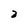
Character: 2